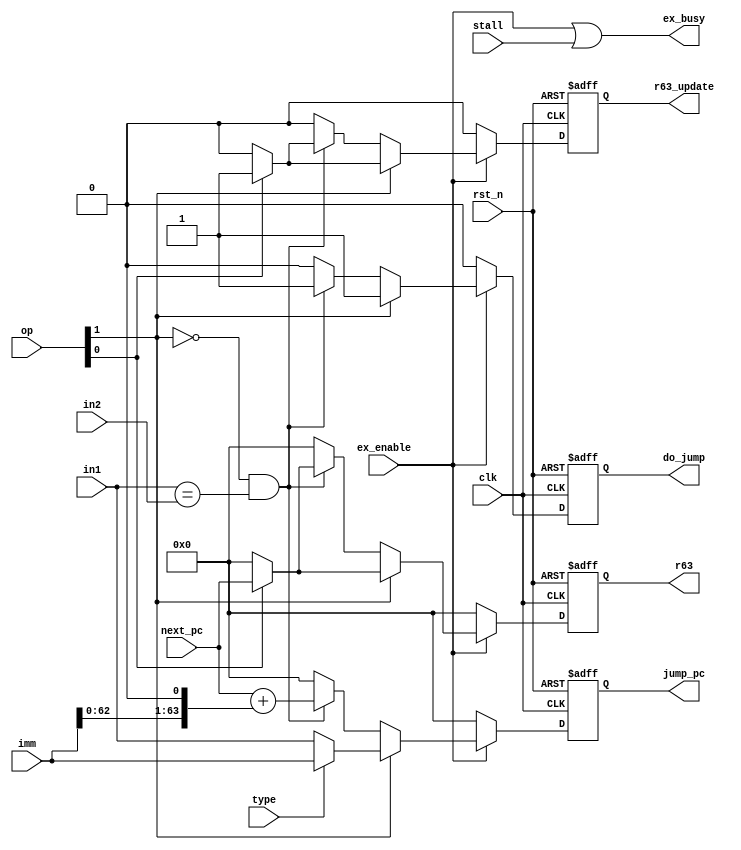
//Raisin64 Execute Unit - Branch and Jump Unit

module ex_branch(
    //# {{clocks|Clocking}}
    input clk,
    input rst_n,

    //# {{data|Branch Data}}
    input[63:0] in1,
    input[63:0] in2,
    input[63:0] imm,
    input[63:0] next_pc,
    output reg[63:0] jump_pc,
    output reg do_jump,

    output reg[63:0] r63,
    output reg r63_update,

    //# {{control|Dispatch Control Signals}}
    input ex_enable,
    output ex_busy,
    input[1:0] op,
    input type,

    //# {{control|Commit Control Signals}}
    input stall
    );

    wire op_eq;
    assign op_eq = (in1 == in2);

    always @(posedge clk or negedge rst_n)
    begin
        if(~rst_n) begin
            jump_pc <= 64'h0;
            do_jump <= 0;
            r63 <= 64'h0;
            r63_update <= 0;
        end else begin
            jump_pc <= 64'h0;
            do_jump <= 0;
            r63 <= 64'h0;
            r63_update <= 0;

            if(ex_enable) begin
                if(op[1]) begin //Jump
                    //Input is already properly shifted by the time it gets here
                    jump_pc <= type ? imm : in1;
                    do_jump <= 1;
                    if(op[0]) begin //And Link
                        r63_update <= 1;
                        r63 <= next_pc;
                    end
                end else if (~op[1] & op_eq) begin //Branch
                    jump_pc <= next_pc + (imm<<1);
                    do_jump <= 1;
                    if(op[0]) begin //And Link
                        r63_update <= 1;
                        r63 <= next_pc;
                    end
                end
            end
        end
    end

    assign ex_busy = ex_enable | stall;

endmodule